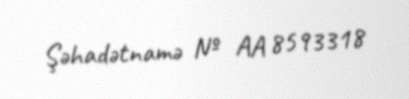
Şəhadətnamə № AA 8593318